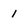
Character: 1